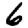
Digit: 6